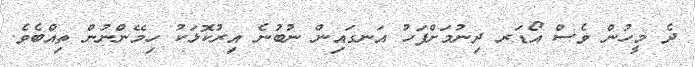
ދެ މީހުން ވެސް އޯޑަރ ދިނުމަށްފަހު އަނގައިން ނުބުނެ އިރުކޮޅަކު ހިމޭންނުން ތިއްބެވެ.